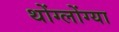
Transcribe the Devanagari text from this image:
थोंग्लोंग्या